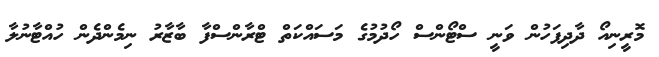
މޮރީނިއޯ ދާދިފަހުން ވަނީ ސްޓޯންސް ހޯދުމުގެ މަސައްކަތް ޓްރާންސްފާ ބާޒާރު ނިމެންދެން ހުއްޓާނުލާ